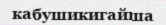
кабушикигайша